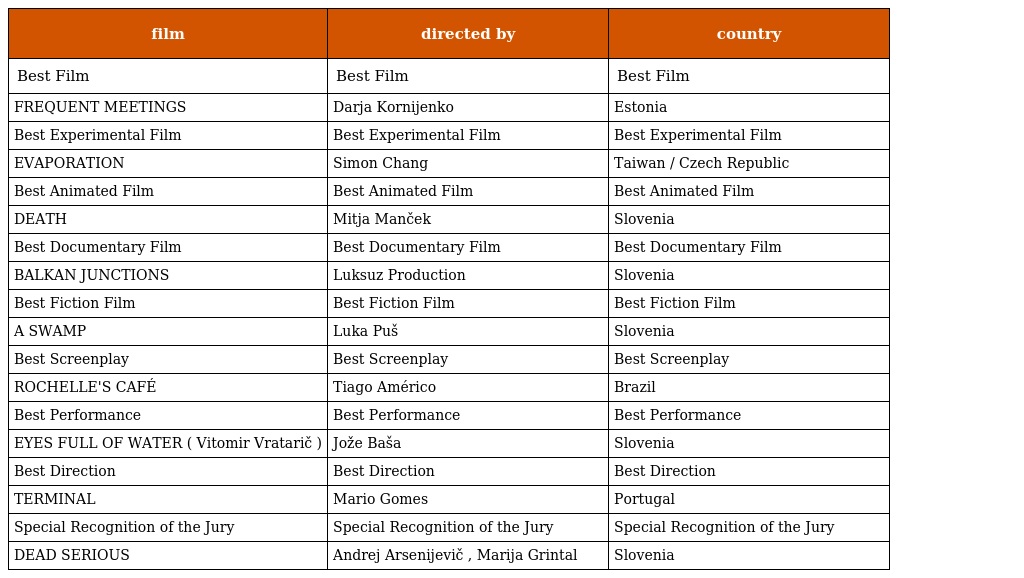
| film | directed by | country |
 | --- | --- | --- |
 | Best Film | Best Film | Best Film |
 | FREQUENT MEETINGS | Darja Kornijenko | Estonia |
 | Best Experimental Film | Best Experimental Film | Best Experimental Film |
 | EVAPORATION | Simon Chang | Taiwan / Czech Republic |
 | Best Animated Film | Best Animated Film | Best Animated Film |
 | DEATH | Mitja Manček | Slovenia |
 | Best Documentary Film | Best Documentary Film | Best Documentary Film |
 | BALKAN JUNCTIONS | Luksuz Production | Slovenia |
 | Best Fiction Film | Best Fiction Film | Best Fiction Film |
 | A SWAMP | Luka Puš | Slovenia |
 | Best Screenplay | Best Screenplay | Best Screenplay |
 | ROCHELLE'S CAFÉ | Tiago Américo | Brazil |
 | Best Performance | Best Performance | Best Performance |
 | EYES FULL OF WATER ( Vitomir Vratarič ) | Jože Baša | Slovenia |
 | Best Direction | Best Direction | Best Direction |
 | TERMINAL | Mario Gomes | Portugal |
 | Special Recognition of the Jury | Special Recognition of the Jury | Special Recognition of the Jury |
 | DEAD SERIOUS | Andrej Arsenijevič , Marija Grintal | Slovenia |